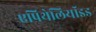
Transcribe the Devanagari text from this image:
एपिथेलियॉइड